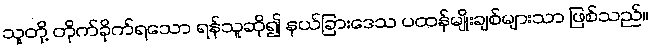
သူတို့ တိုက်ခိုက်ရသော ရန်သူဆို၍ နယ်ခြားဒေသ ပထန်မျိုးချစ်များသာ ဖြစ်သည်။